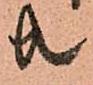
共